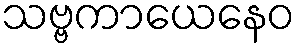
သဗ္ဗကာယေနေဝ